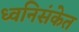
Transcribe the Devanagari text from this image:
ध्वनिसंकेत